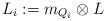
LaTeX: \begin{align*}L_{i}:=m_{Q_{i}}\otimes L\end{align*}